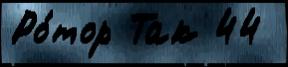
Ро́тор Так 44